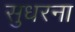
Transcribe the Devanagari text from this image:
सुधरना